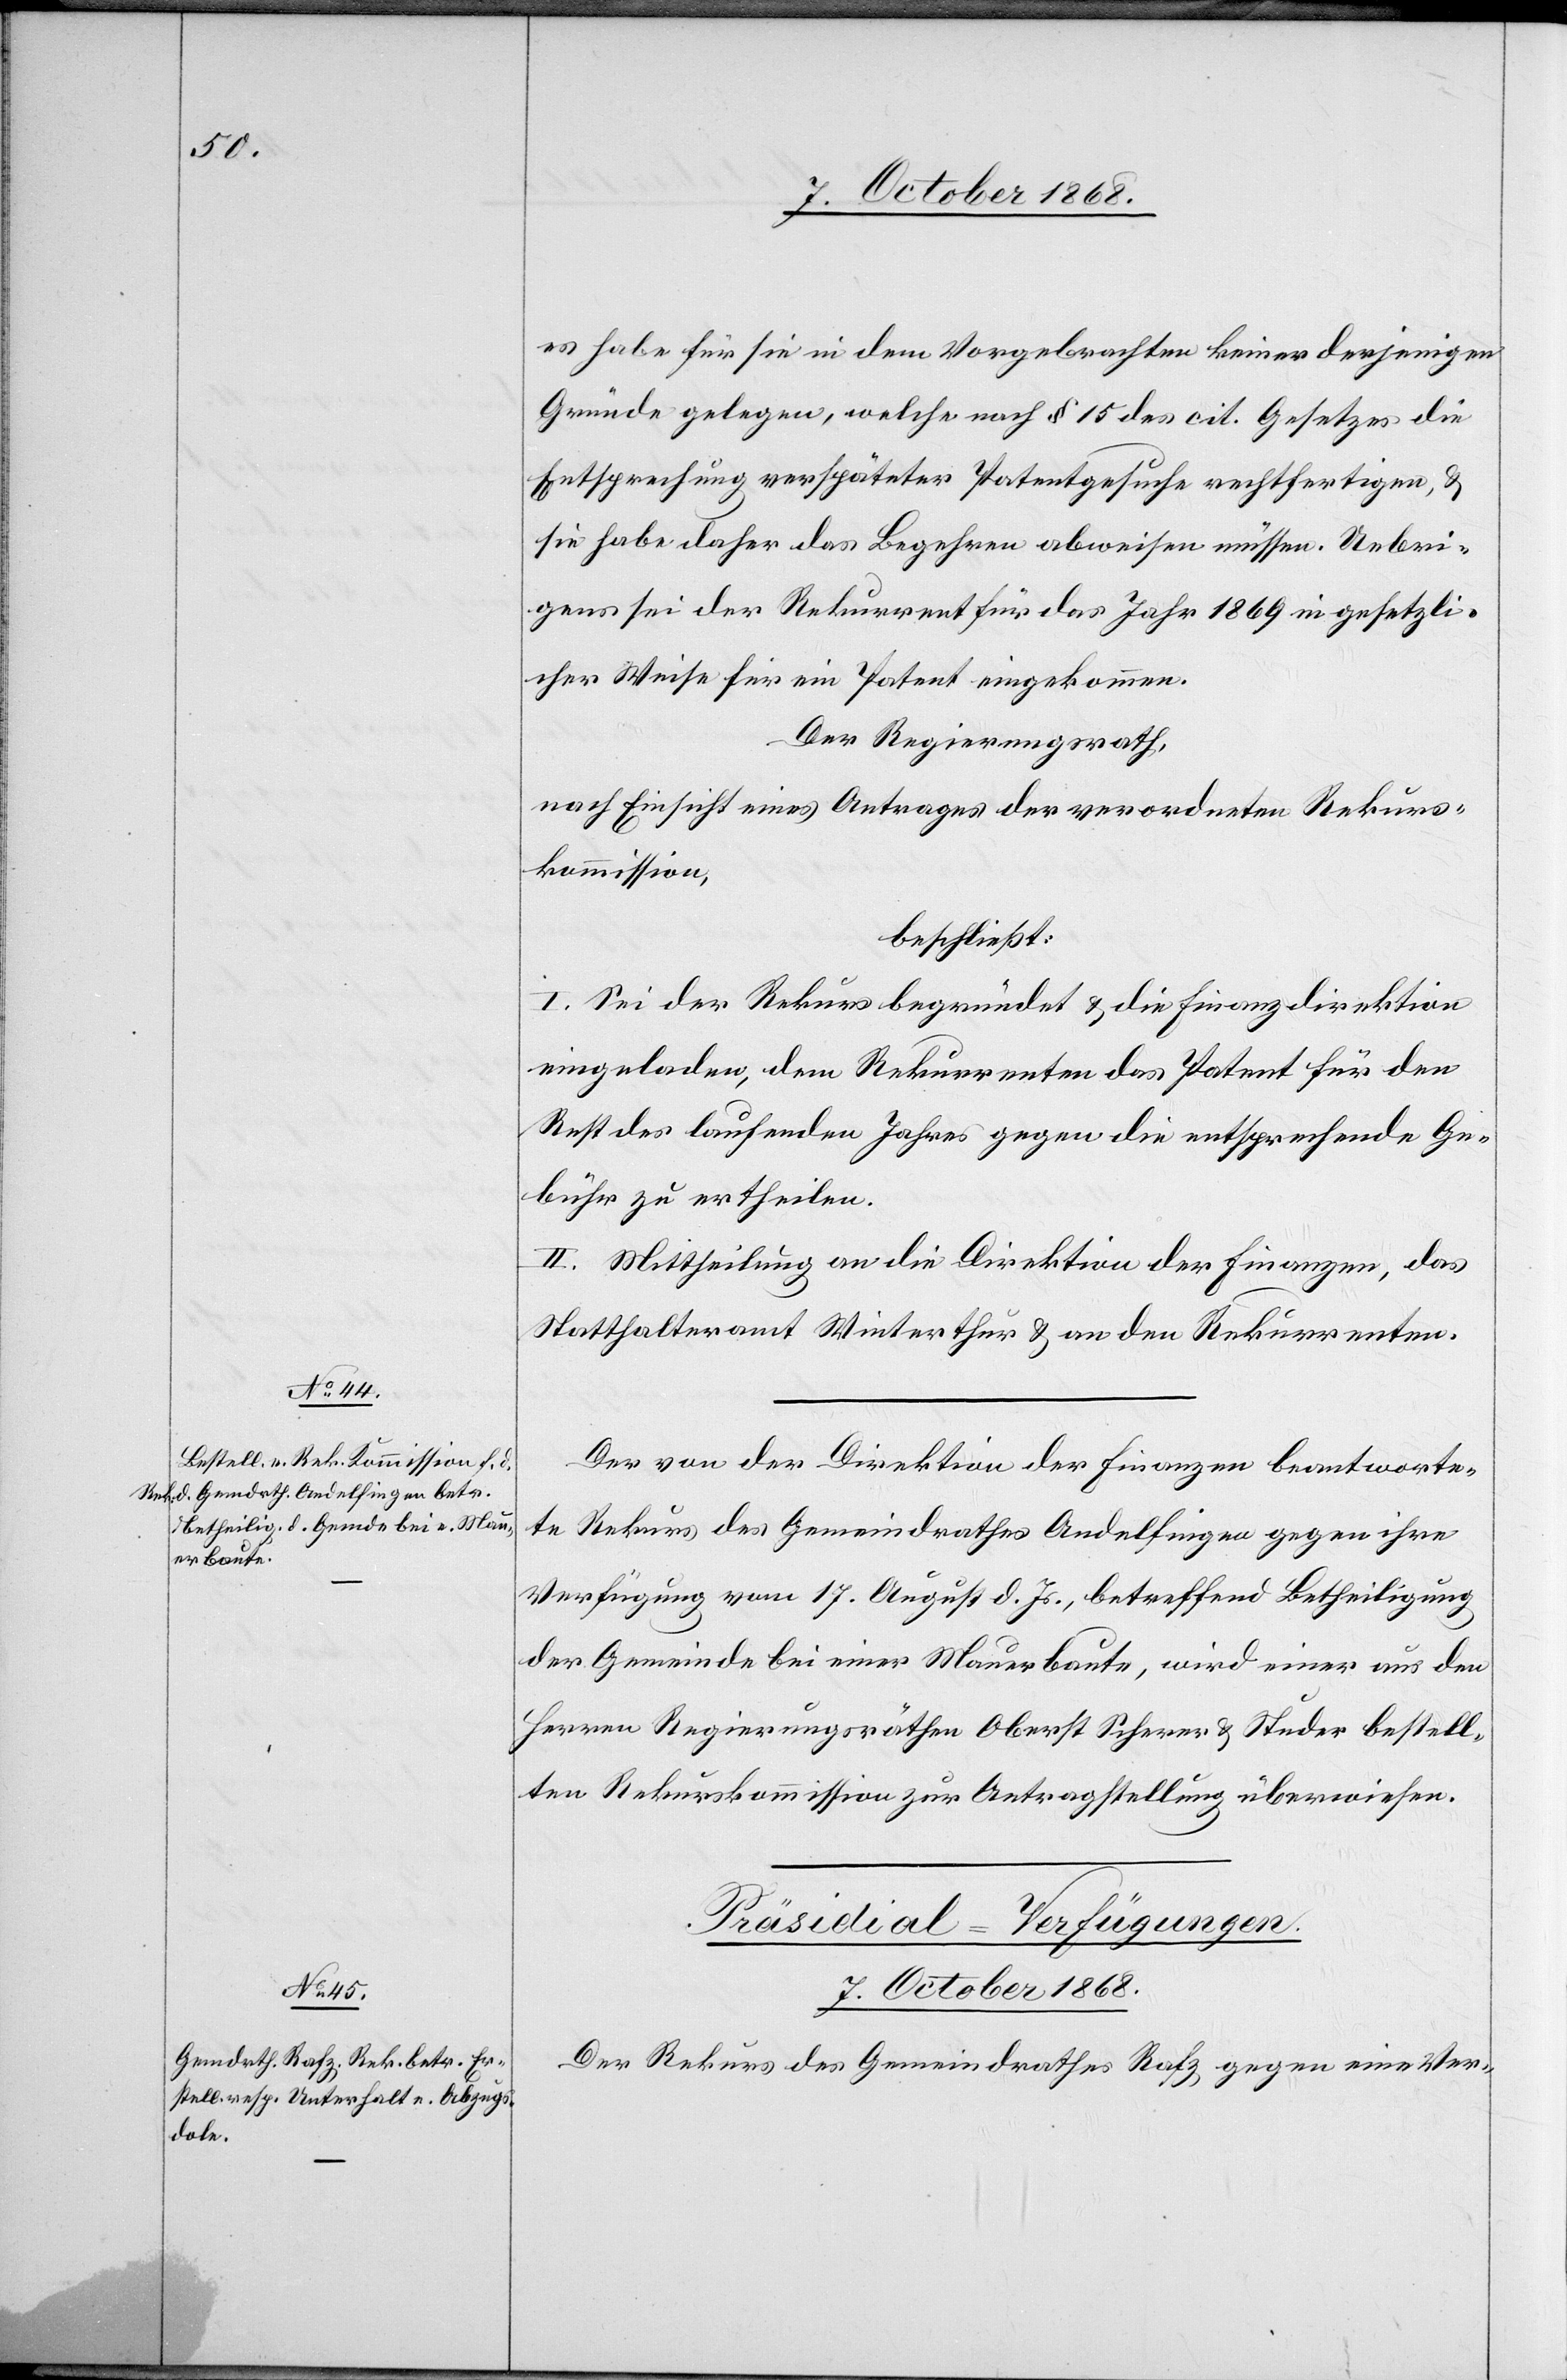
es habe für sie in dem Vorgebrachten keiner derjenigen
Gründe gelegen, welche nach § 15 des cit. Gesetzes die
Entsprechung verspäteter Patentgesuche rechtfertigen, &
sie habe daher das Begehren abweisen müssen. Uebri¬
gens sei der Rekurrent für das Jahr 1869 in gesetzli¬
cher Weise für ein Patent eingekommen.
Der Regierungsrath,
nach Einsicht eines Antrages der verordneten Rekurs¬
kommission,
beschließt:
I. Sei der Rekurs begründet & die Finanzdirektion
eingeladen, dem Rekurrenten das Patent für den
Rest des laufenden Jahres gegen die entsprechende Ge¬
bühr zu ertheilen.
II. Mittheilung an die Direktion der Finanzen, das
Statthalteramt Winterthur & an den Rekurrenten.
Der von der Direktion der Finanzen beantworte¬
te Rekurs des Gemeindrathes Andelfingen gegen ihre
Verfügung vom 17. August d. Js., betreffend Betheiligung
der Gemeinde bei einer Mauerbaute, wird einer aus den
Herren Regierungsräthen Oberst Scherer & Studer bestell¬
ten Rekurskommission zur Antragstellung überwiesen.
Präsidial-Verfügungen.
7. October 1868.
Der Rekurs des Gemeindrathes Rafz gegen eine Ver-